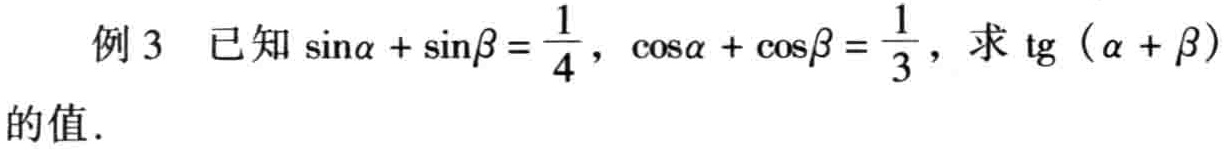
例 3 已知\(\sin\alpha + \sin\beta = \frac{1}{4}\)，\(\cos\alpha + \cos\beta = \frac{1}{3}\)，求\(\text{tg}(\alpha + \beta)\)的值.